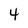
Character: 4